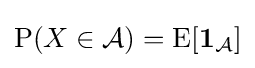
\operatorname {P} ({X\in {\mathcal {A}}})=\operatorname {E} [{\mathbf {1} }_{\mathcal {A}}]